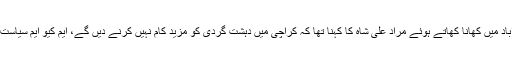
عزیز آباد میں کھانا کھاتے ہوئے مراد علی شاہ کا کہنا تھا کہ کراچی میں دہشت گردی کو مزید کام نہیں کرنے دیں گے، ایم کیو ایم سیاست کرے۔